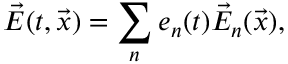
\vec { E } ( t , \vec { x } ) = \sum _ { n } e _ { n } ( t ) \vec { E } _ { n } ( \vec { x } ) ,